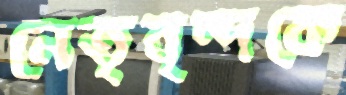
নেতৃবৃন্দকে